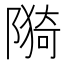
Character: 𮸪